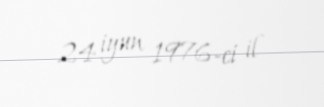
24 iyun 1976-ci il